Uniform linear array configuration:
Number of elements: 24
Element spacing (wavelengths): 0.75
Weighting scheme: blackman
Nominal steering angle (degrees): -60
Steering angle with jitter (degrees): -58.638
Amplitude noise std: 0.05
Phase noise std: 0.05

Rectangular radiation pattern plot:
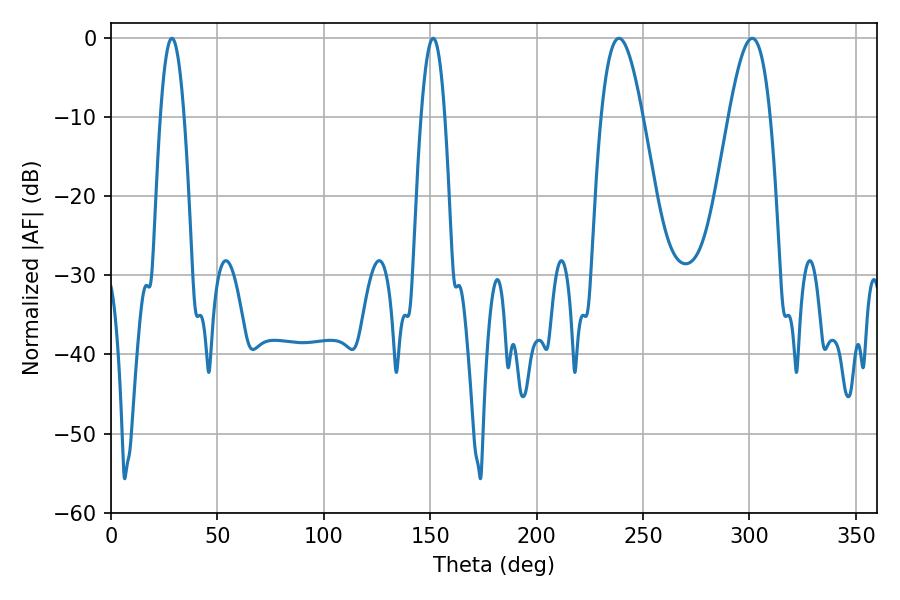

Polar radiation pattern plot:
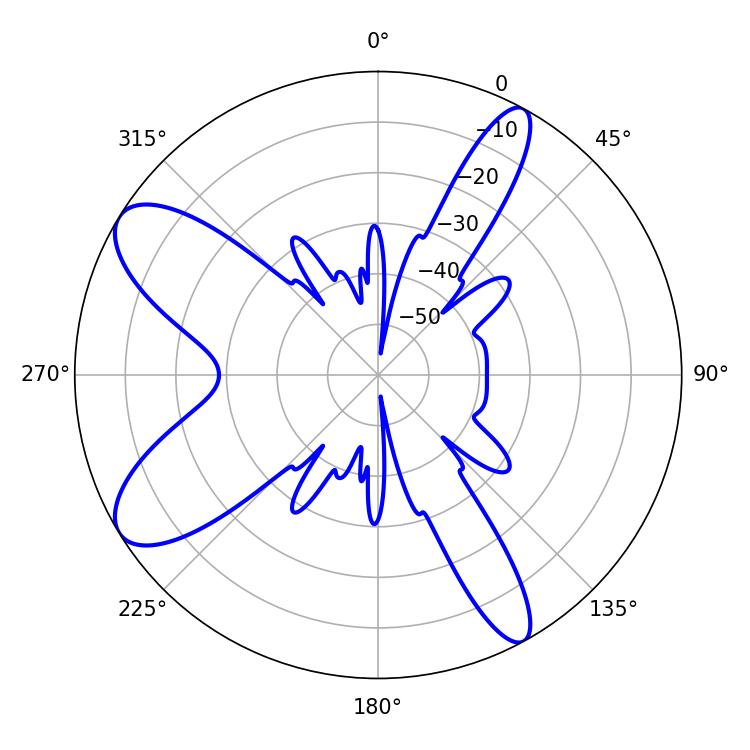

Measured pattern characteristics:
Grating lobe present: TRUE
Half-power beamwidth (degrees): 6.12
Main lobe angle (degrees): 28.62